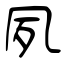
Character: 夙